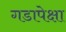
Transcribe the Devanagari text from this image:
गडापेक्षा